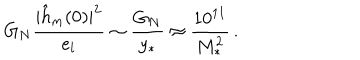
LaTeX: G _ { N } { \frac { | \hat { h } _ { m } ( 0 ) | ^ { 2 } } { e _ { l } } } \sim { \frac { G _ { N } } { y _ { * } } } \approx { \frac { 1 0 ^ { 1 1 } } { M _ { * } ^ { 2 } } } \, .